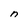
Character: n